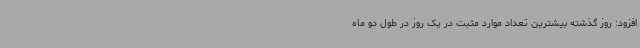
افزود: روز گذشته بیشترین تعداد موارد مثبت در یک روز در طول دو ماه